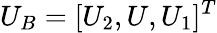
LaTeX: U_{B}=[U_{2},U,U_{1}]^{T}